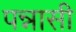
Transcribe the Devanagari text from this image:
पन्नासी